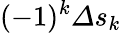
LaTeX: (-1)^{k}\varDelta s_{k}